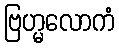
ဗြဟ္မလောကံ